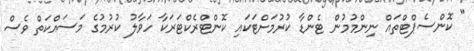
" ކޮންސެޕްޓްތައް ނިންމުމުން ޓެންޑާ ކުރުމަށްޓަކައި ކޮންޓްރެކްޓަރަކާ ހަވާލު ކުރުމުގެ މަސައްކަތް ވެސް